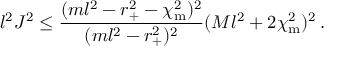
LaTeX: l ^ { 2 } J ^ { 2 } \leq \frac { ( m l ^ { 2 } - r _ { + } ^ { 2 } - \chi _ { \mathrm { m } } ^ { 2 } ) ^ { 2 } } { ( m l ^ { 2 } - r _ { + } ^ { 2 } ) ^ { 2 } } ( M l ^ { 2 } + 2 \chi _ { \mathrm { m } } ^ { 2 } ) ^ { 2 } \, .